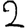
Digit: 2